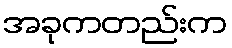
အခုကတည်းက